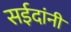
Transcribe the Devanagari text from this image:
सईदांनी